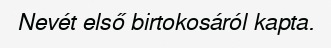
Nevét első birtokosáról kapta.